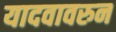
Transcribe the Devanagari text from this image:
यादवावरुन